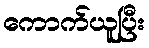
ကောက်ယူပြီး